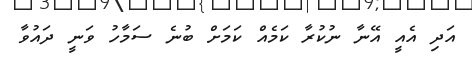
އަދި އެއީ އޭނާ ނުކުރާ ކަމެއް ކަމަށް ބުނެ ސަމާހު ވަނީ ދައުވާ